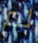
لم